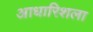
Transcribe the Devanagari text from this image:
आधारिशला